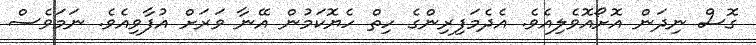
ގޮސް ނިދަން އޮށޯއޮވެލިއެވެ. އެދެމަފިރިންގެ ހިތް ހެޔޮކަމުން އޭނާ ވަރަށް އުފާވިއެވެ. ނަމަވެސް